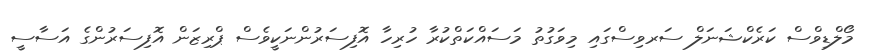
މޯލްޑިވްސް ކަރެކްޝަނަލް ސަރވިސްގައި މިވަގުތު މަސައްކަތްކުރާ ހުރިހާ އޮފިސަރުންނަކީވެސް ޕްރިޒަން އޮފިސަރުންގެ އަސާސީ